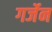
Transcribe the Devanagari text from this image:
गर्जेन